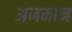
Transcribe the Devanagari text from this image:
अनमान